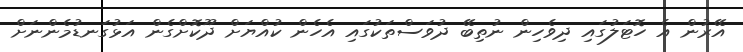
އޭރުން އެ ހޮޓަލުގައި ދިވެހިން ނުތިބޭ ދުވަސްތަކުގައި އެހެން ކުއްޔަށް ދޫކޮށްގެން އަޅުގަނޑުމެންނަށް